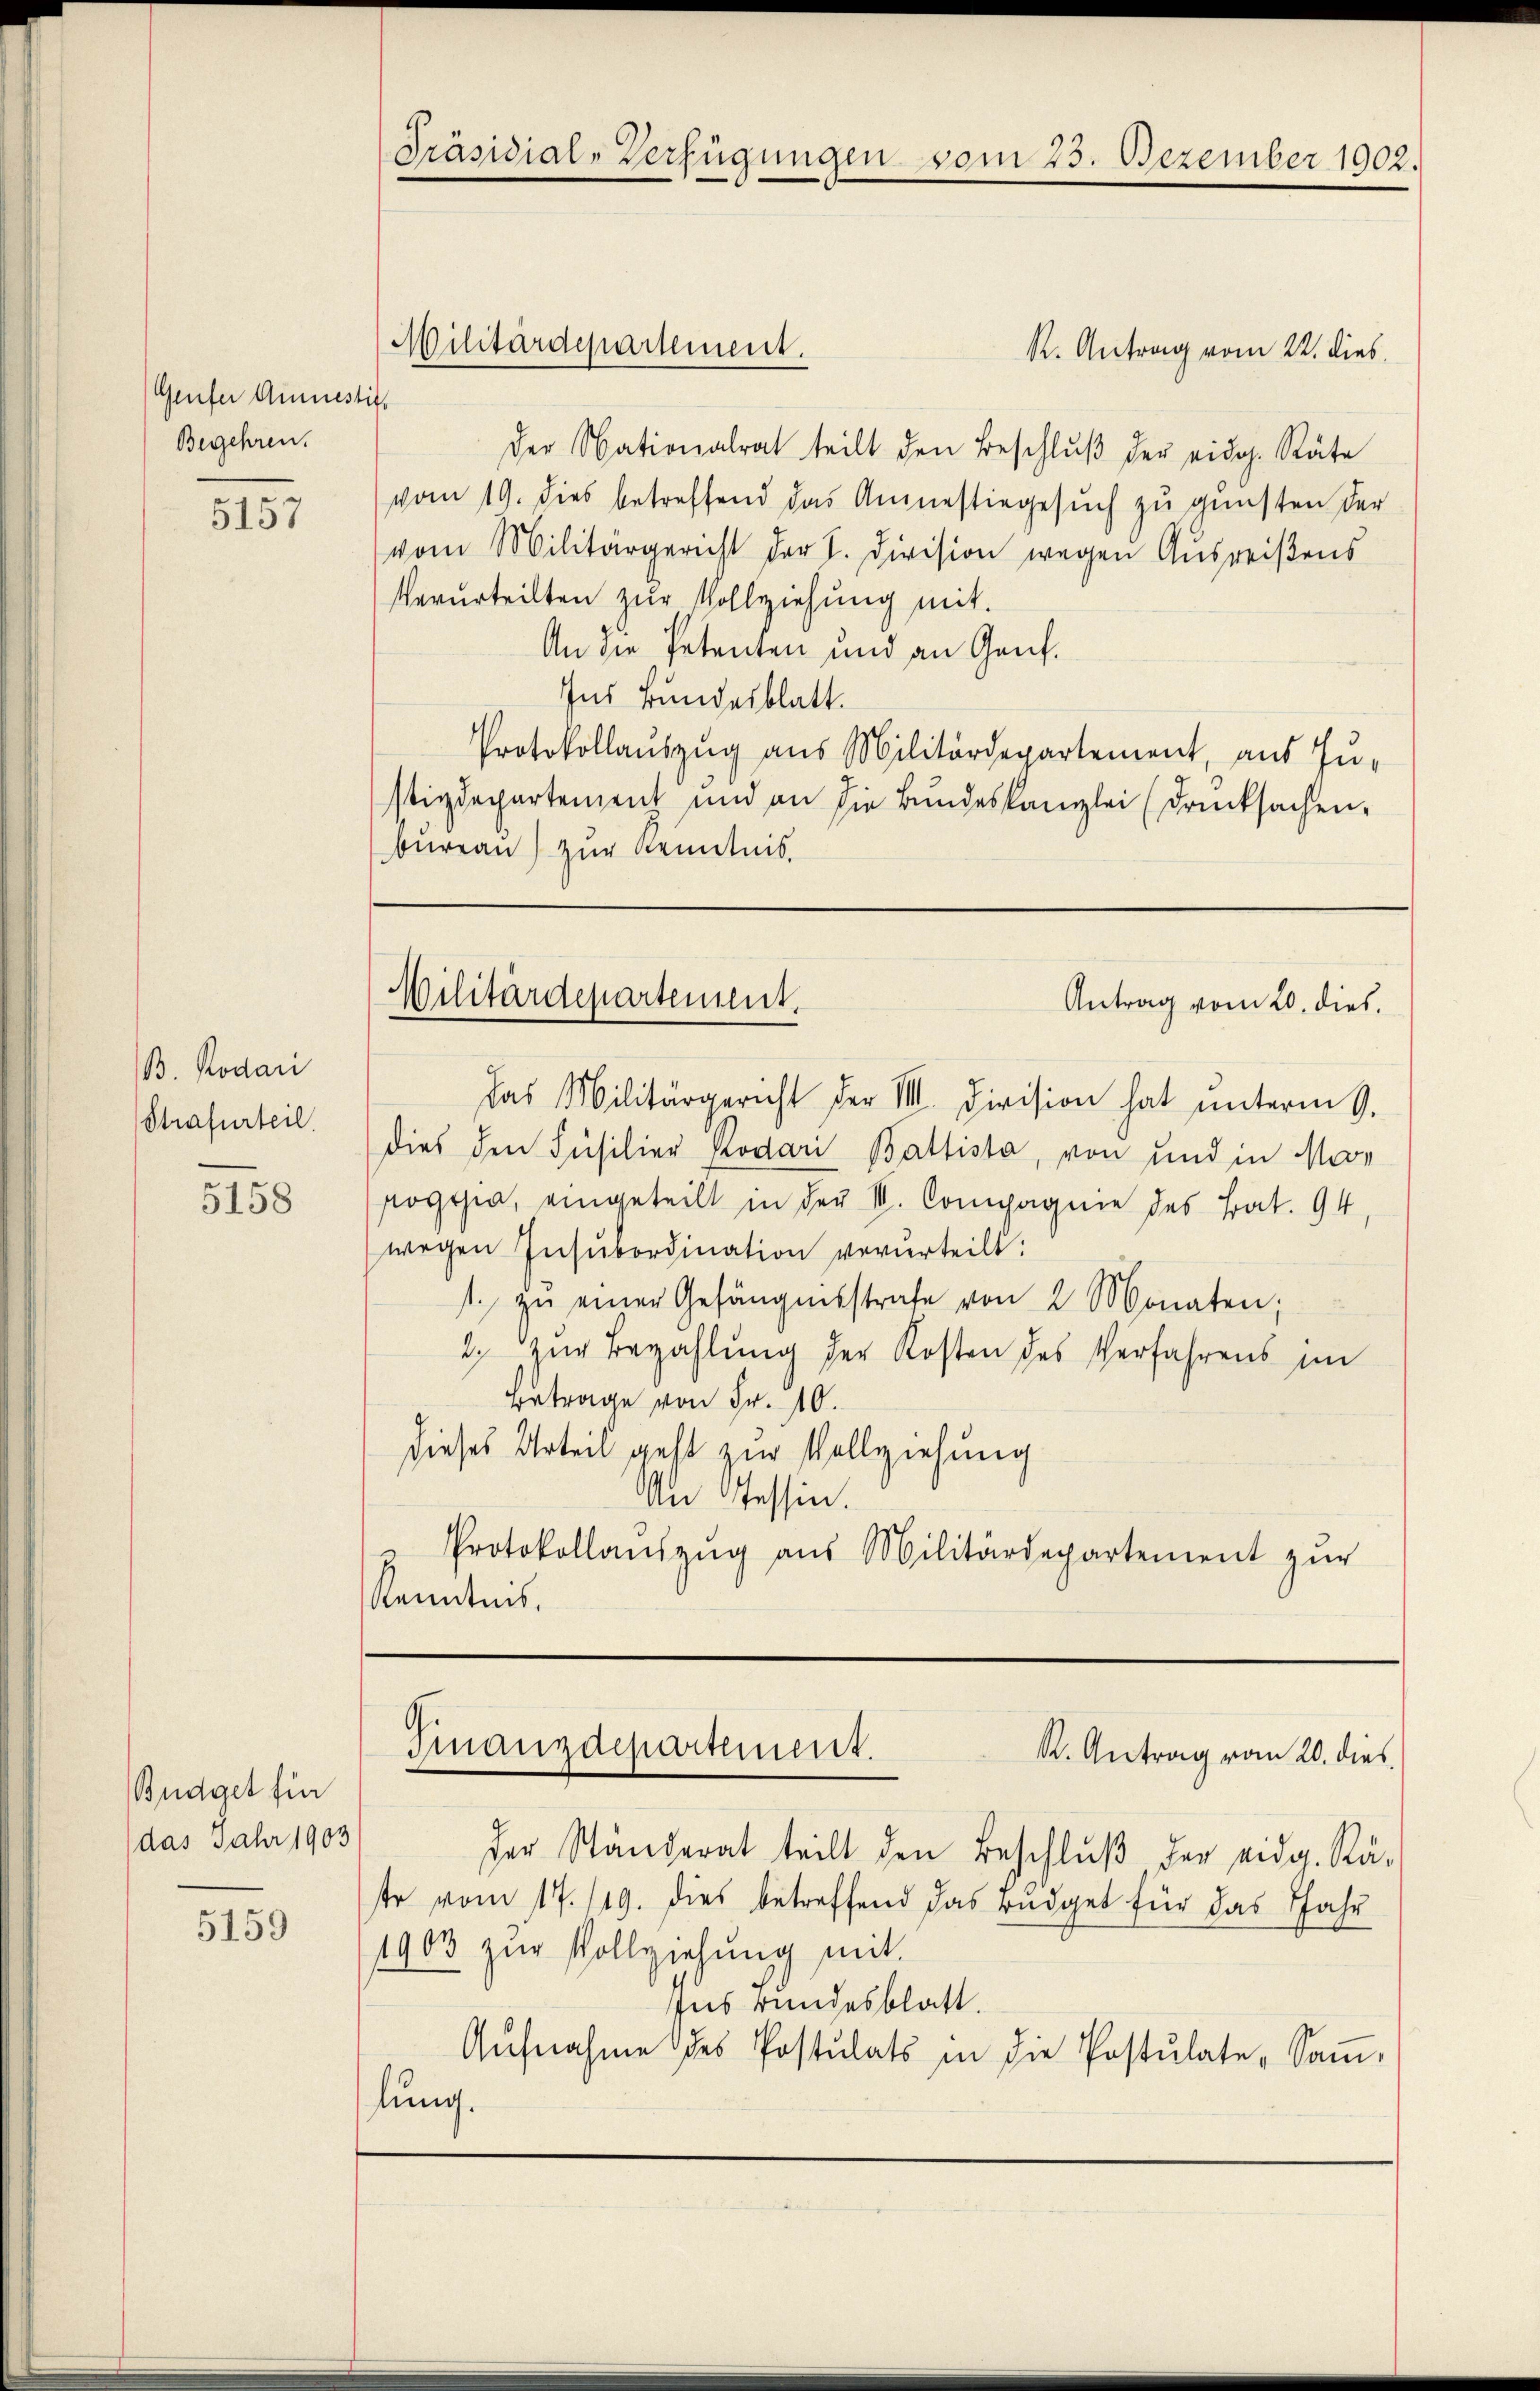
Genfer Amnestit
Begehren.

5157

B. Rodari
Strafurteil.

5158

Büdget für
das Jahr 1903
5159

Präsidial-Verfügungen vom 23. Dezember 1902.

R. Antrag vom 22. dies
der Nationalrat teilt den Beschlŭβ der eidg. Räte
vom 19. dies betreffend das Angestiegesuch zu gunsten der
vom Militärgericht der I. Division wegen Ausreißens
Verurteilten zur Vollziehung mit.
An die Petenten und an Genf.
Ins Bundesblatt.
Protokollauszug aus Militärdepartement, aus Ju-
stizdepartement und an die Bŭndeskanzlei (drucksachen.
bureau zur Kenntnis.

Militärdepartement.

Militärdepartement,
Antrag vom 20. dies

das Militärgericht der III. Division hat unterm 9.
dies den Füsilier Rodari Baltista, von und in Mar
soggia, eingeteilt in der II. Compagnie des Bat. 94
wegen Insubordination verurteilt:
t. zŭ einer Gefängnisstrafe von 2 Monaten;
2. zur Bezahlung der Kosten des Verfahrens im
Betrage von Fr. 10.
dieses Urteil geht zur Vollziehung
n Tessin.
Protokollaŭszŭg aŭs Militärdepartement zŭr
Kenntnis.

Finanzdepartement.
R. Antrag vom 20. dies

der Ständerat teilt den Beschlŭβ der eidg. Rä-
te vom 17. 119. dies betreffend das Büdget für das Jahr
1903 zur Vollziehung mit
Ins Bundesblatt.
Aŭfnahme des Postulats in die Postulate „Saṁ-
lung.